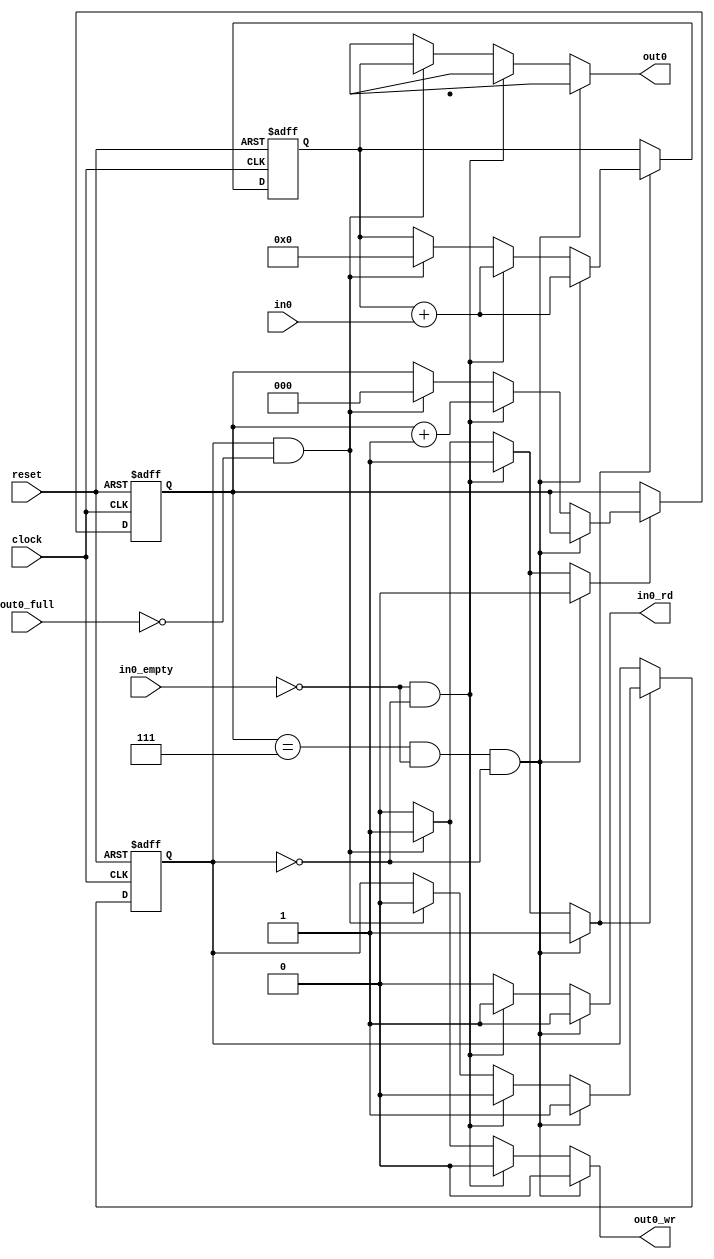
module accumulator (
    input in0_empty,
    input [15:0] in0,
    output reg in0_rd,
    input out0_full,
    output reg [15:0] out0,
    output reg out0_wr,
    input clock,
    input reset
    );

	parameter ACC = 0;
	parameter RES = 1;

	reg state;
    reg n_state;
    reg en_state;
    reg [15:0] p_acc;
    reg [15:0] n_acc;
    reg en_acc;
    reg[2:0] count;
    reg[2:0] n_count;
    reg en_count;

  always@(in0, in0_empty, out0_full, count, p_acc, state)
  begin
    if (count==7 && in0_empty==0 && state==ACC) begin
      in0_rd = 1'b1;
      n_state = RES;
      en_state = 1'b1;
      n_acc = (p_acc) + (in0);
      en_acc = 1'b1;
      out0 <= 16'bx;
      out0_wr = 1'b0;
      n_count = count;
      en_count = 1'b0;
 	end
    else if ( in0_empty==0 && state==ACC ) begin
      in0_rd = 1'b1;
      n_state = ACC;
      en_state = 1'b1;
      n_acc = (p_acc) + (in0);
      en_acc = 1'b1;
      n_count = (count) + 1;
      en_count = 1'b1;
      out0 <= 16'bx;
      out0_wr <= 1'b0;
	end
    else if ( state==RES && out0_full==1'b0 ) begin
      n_state = ACC;
      en_state = 1'b1;
      out0 = p_acc;
      out0_wr = 1'b1;
      n_count = 0;
      en_count = 1'b1;
      n_acc = 0;
      en_acc = 1'b1;
      in0_rd = 1'b0;
	end
    else begin
      in0_rd = 1'b0;
      out0_wr = 1'b0;
      out0 = 16'bx;
      en_state = 1'b0;
      en_acc = 1'b0;
      en_count = 1'b0;
      n_state = state;
      n_acc = p_acc;
      n_count = count;
    end
  end

  always@(posedge clock or negedge reset)
  begin
    if (reset==0) begin
      state <= ACC;
      p_acc <= 16'b0000000000000000;
      count <= 3'b000;
	end
    else begin
      if ( en_state ) begin
        state <= n_state;
	  end
      if ( en_acc ) begin
        p_acc <= n_acc;
	  end
      if ( en_count ) begin
        count <= n_count;
      end
	end
  end

endmodule